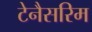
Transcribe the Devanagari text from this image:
टेनैसरिम